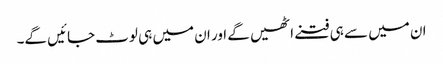
ان میں سے ہی فتنے اٹھیں گے اور ان میں ہی لوٹ جائیں گے۔